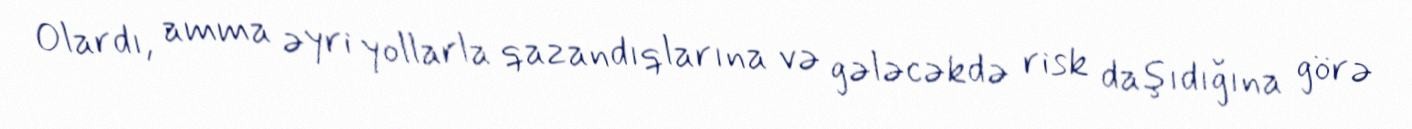
Olardı, amma əyri yollarla qazandıqlarına və gələcəkdə risk daşıdığına görə